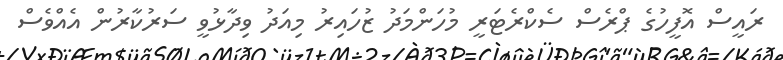
ރައީސް އޮފީހުގެ ޕްރެސް ސެކްރެޓަރީ މުހަންމަދު ޒުހައިރު މިއަދު ވިދާޅުވީ ސަރުކާރުން އެއްވެސް